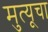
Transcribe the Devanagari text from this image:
मुत्यूचा